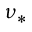
\nu _ { * }